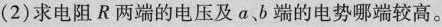
(2)求电阻R两端的电压及α、b端的电势哪端较高。